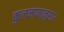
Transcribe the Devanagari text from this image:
कुलनामानुसार